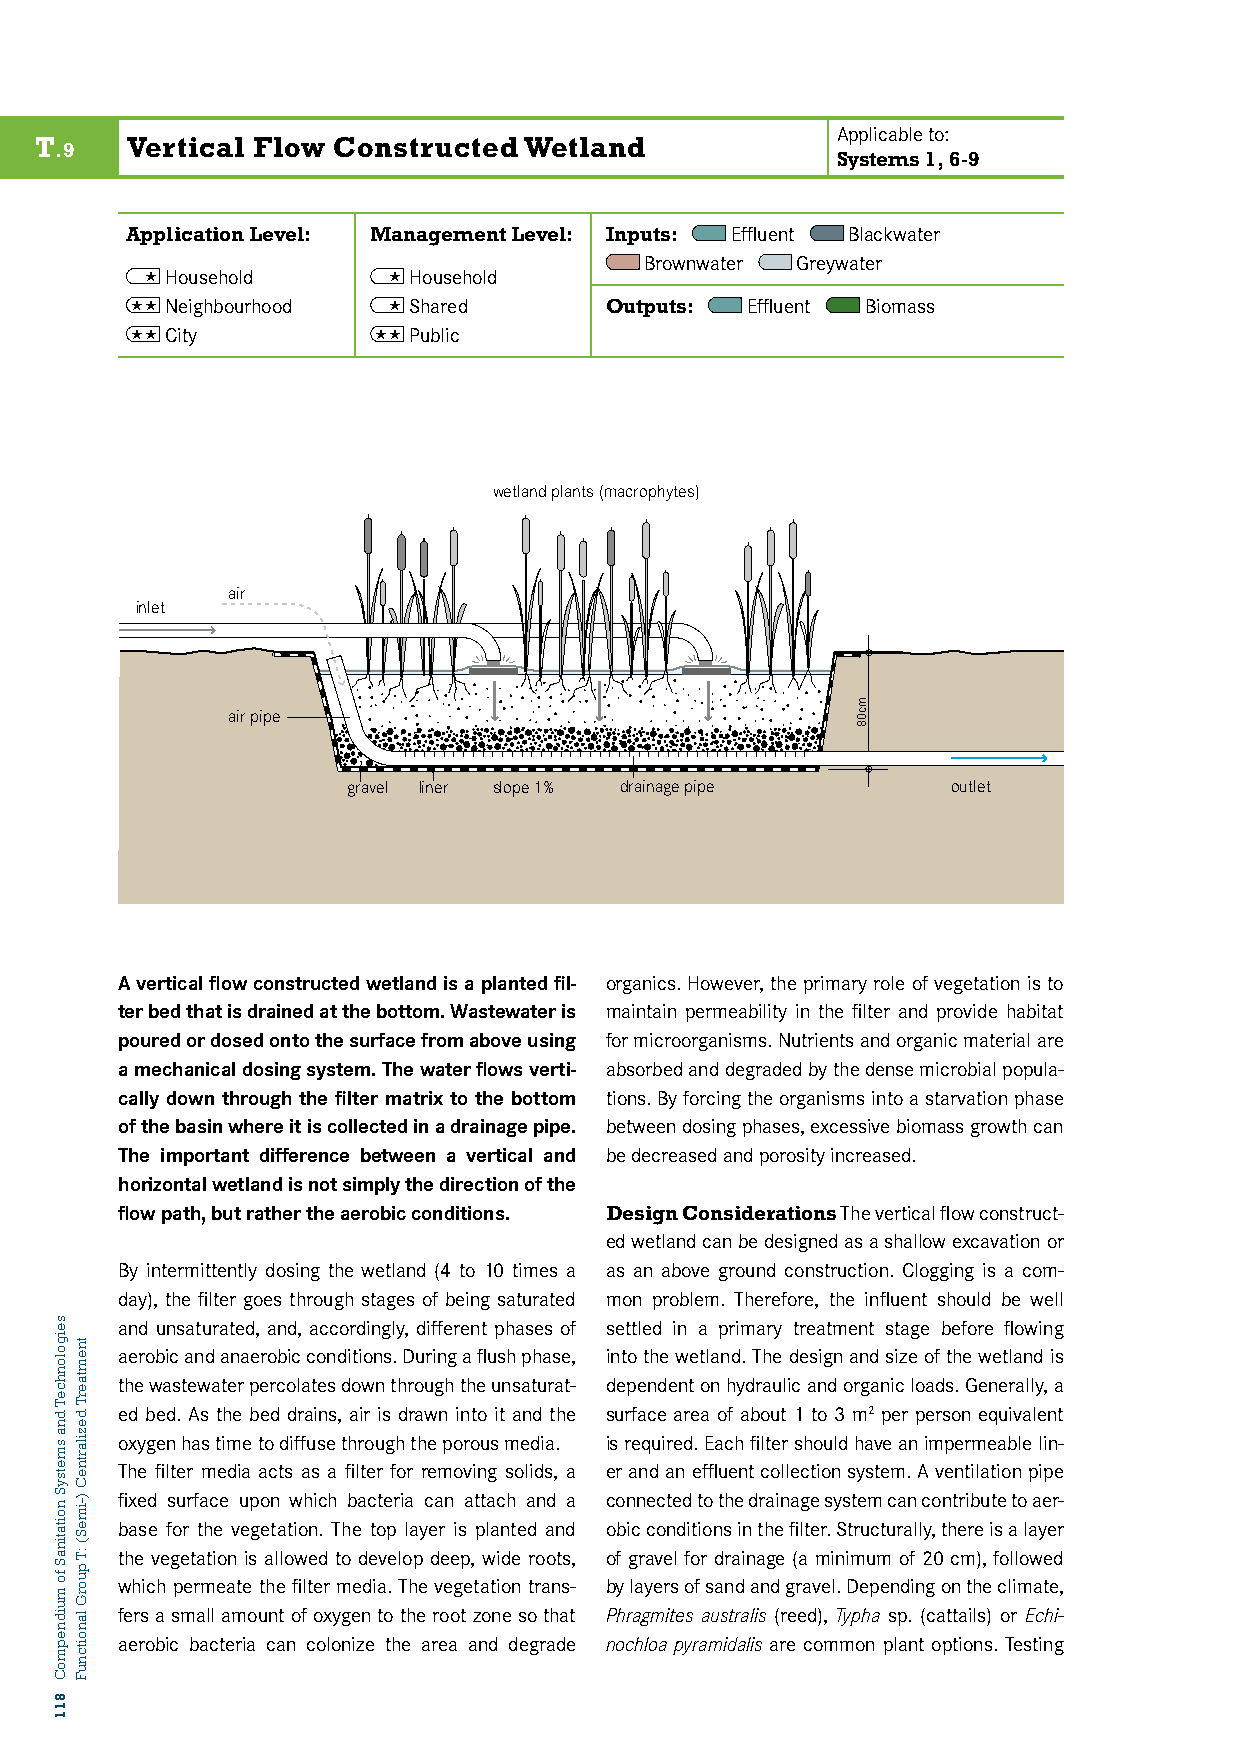
Applicable to:
 T     Vertical Flow Constructed  Wetland
 .9
 Systems 1, 6-9
 Application Level: Management Level: Inputs: Effluent Blackwater
 Brownwater Greywater
  Household      Household
  Neighbourhood  Shared      Outputs: Effluent Biomass
 T7: V CEitRyTICAL FLOW CONST PRubUliCcTED WETLAND (VFCW)
 wetland plants (macrophytes)
 air
 inlet
 air pipe
 gravel liner slope 1% drainage pipe     outlet
 A vertical flow constructed wetland is a planted fil- organics. However, the primary role of vegetation is to
 ter bed that is drained at the bottom. Wastewater is maintain permeability in the filter and provide habitat
 poured or dosed onto the surface from above using for microorganisms. Nutrients and organic material are
 a mechanical dosing system. The water flows verti- absorbed and degraded by the dense microbial popula-
 cally down through the filter matrix to the bottom tions. By forcing the organisms into a starvation phase
 of the basin where it is collected in a drainage pipe. between dosing phases, excessive biomass growth can
 The important difference between a vertical and be decreased and porosity increased.
 horizontal wetland is not simply the direction of the
 flow path, but rather the aerobic conditions. Design Considerations The vertical flow construct-
 ed wetland can be designed as a shallow excavation or
 By intermittently dosing the wetland (4 to 10 times a as an above ground construction. Clogging is a com-
 day), the filter goes through stages of being saturated mon problem. Therefore, the influent should be well
 and unsaturated, and, accordingly, different phases of settled in a primary treatment stage before flowing
 aerobic and anaerobic conditions. During a flush phase, into the wetland. The design and size of the wetland is
 the wastewater percolates down through the unsaturat- dependent on hydraulic and organic loads. Generally, a
 ed bed. As the bed drains, air is drawn into it and the surface area of about 1 to 3 m2 per person equivalent
 oxygen has time to diffuse through the porous media. is required. Each filter should have an impermeable lin-
 The filter media acts as a filter for removing solids, a er and an effluent collection system. A ventilation pipe
 fixed surface upon which bacteria can attach and a connected to the drainage system can contribute to aer-
 base for the vegetation. The top layer is planted and obic conditions in the filter. Structurally, there is a layer
 the vegetation is allowed to develop deep, wide roots, of gravel for drainage (a minimum of 20 cm), followed
 which permeate the filter media. The vegetation trans- by layers of sand and gravel. Depending on the climate,
 fers a small amount of oxygen to the root zone so that Phragmites australis (reed), Typha sp. (cattails) or Echi-
 aerobic bacteria can colonize the area and degrade nochloa pyramidalis are common plant options. Testing
 seigolonhceT
 dna
 smetsyS
 noitatinaS
 fo
 muidnepmoC
 811
 tnemtaerT
 dezilartneC
 )-imeS(
 :T
 puorG
 lanoitcnuF
 mc08